Jaan_Tonisson_(Lasteleht), lk 541
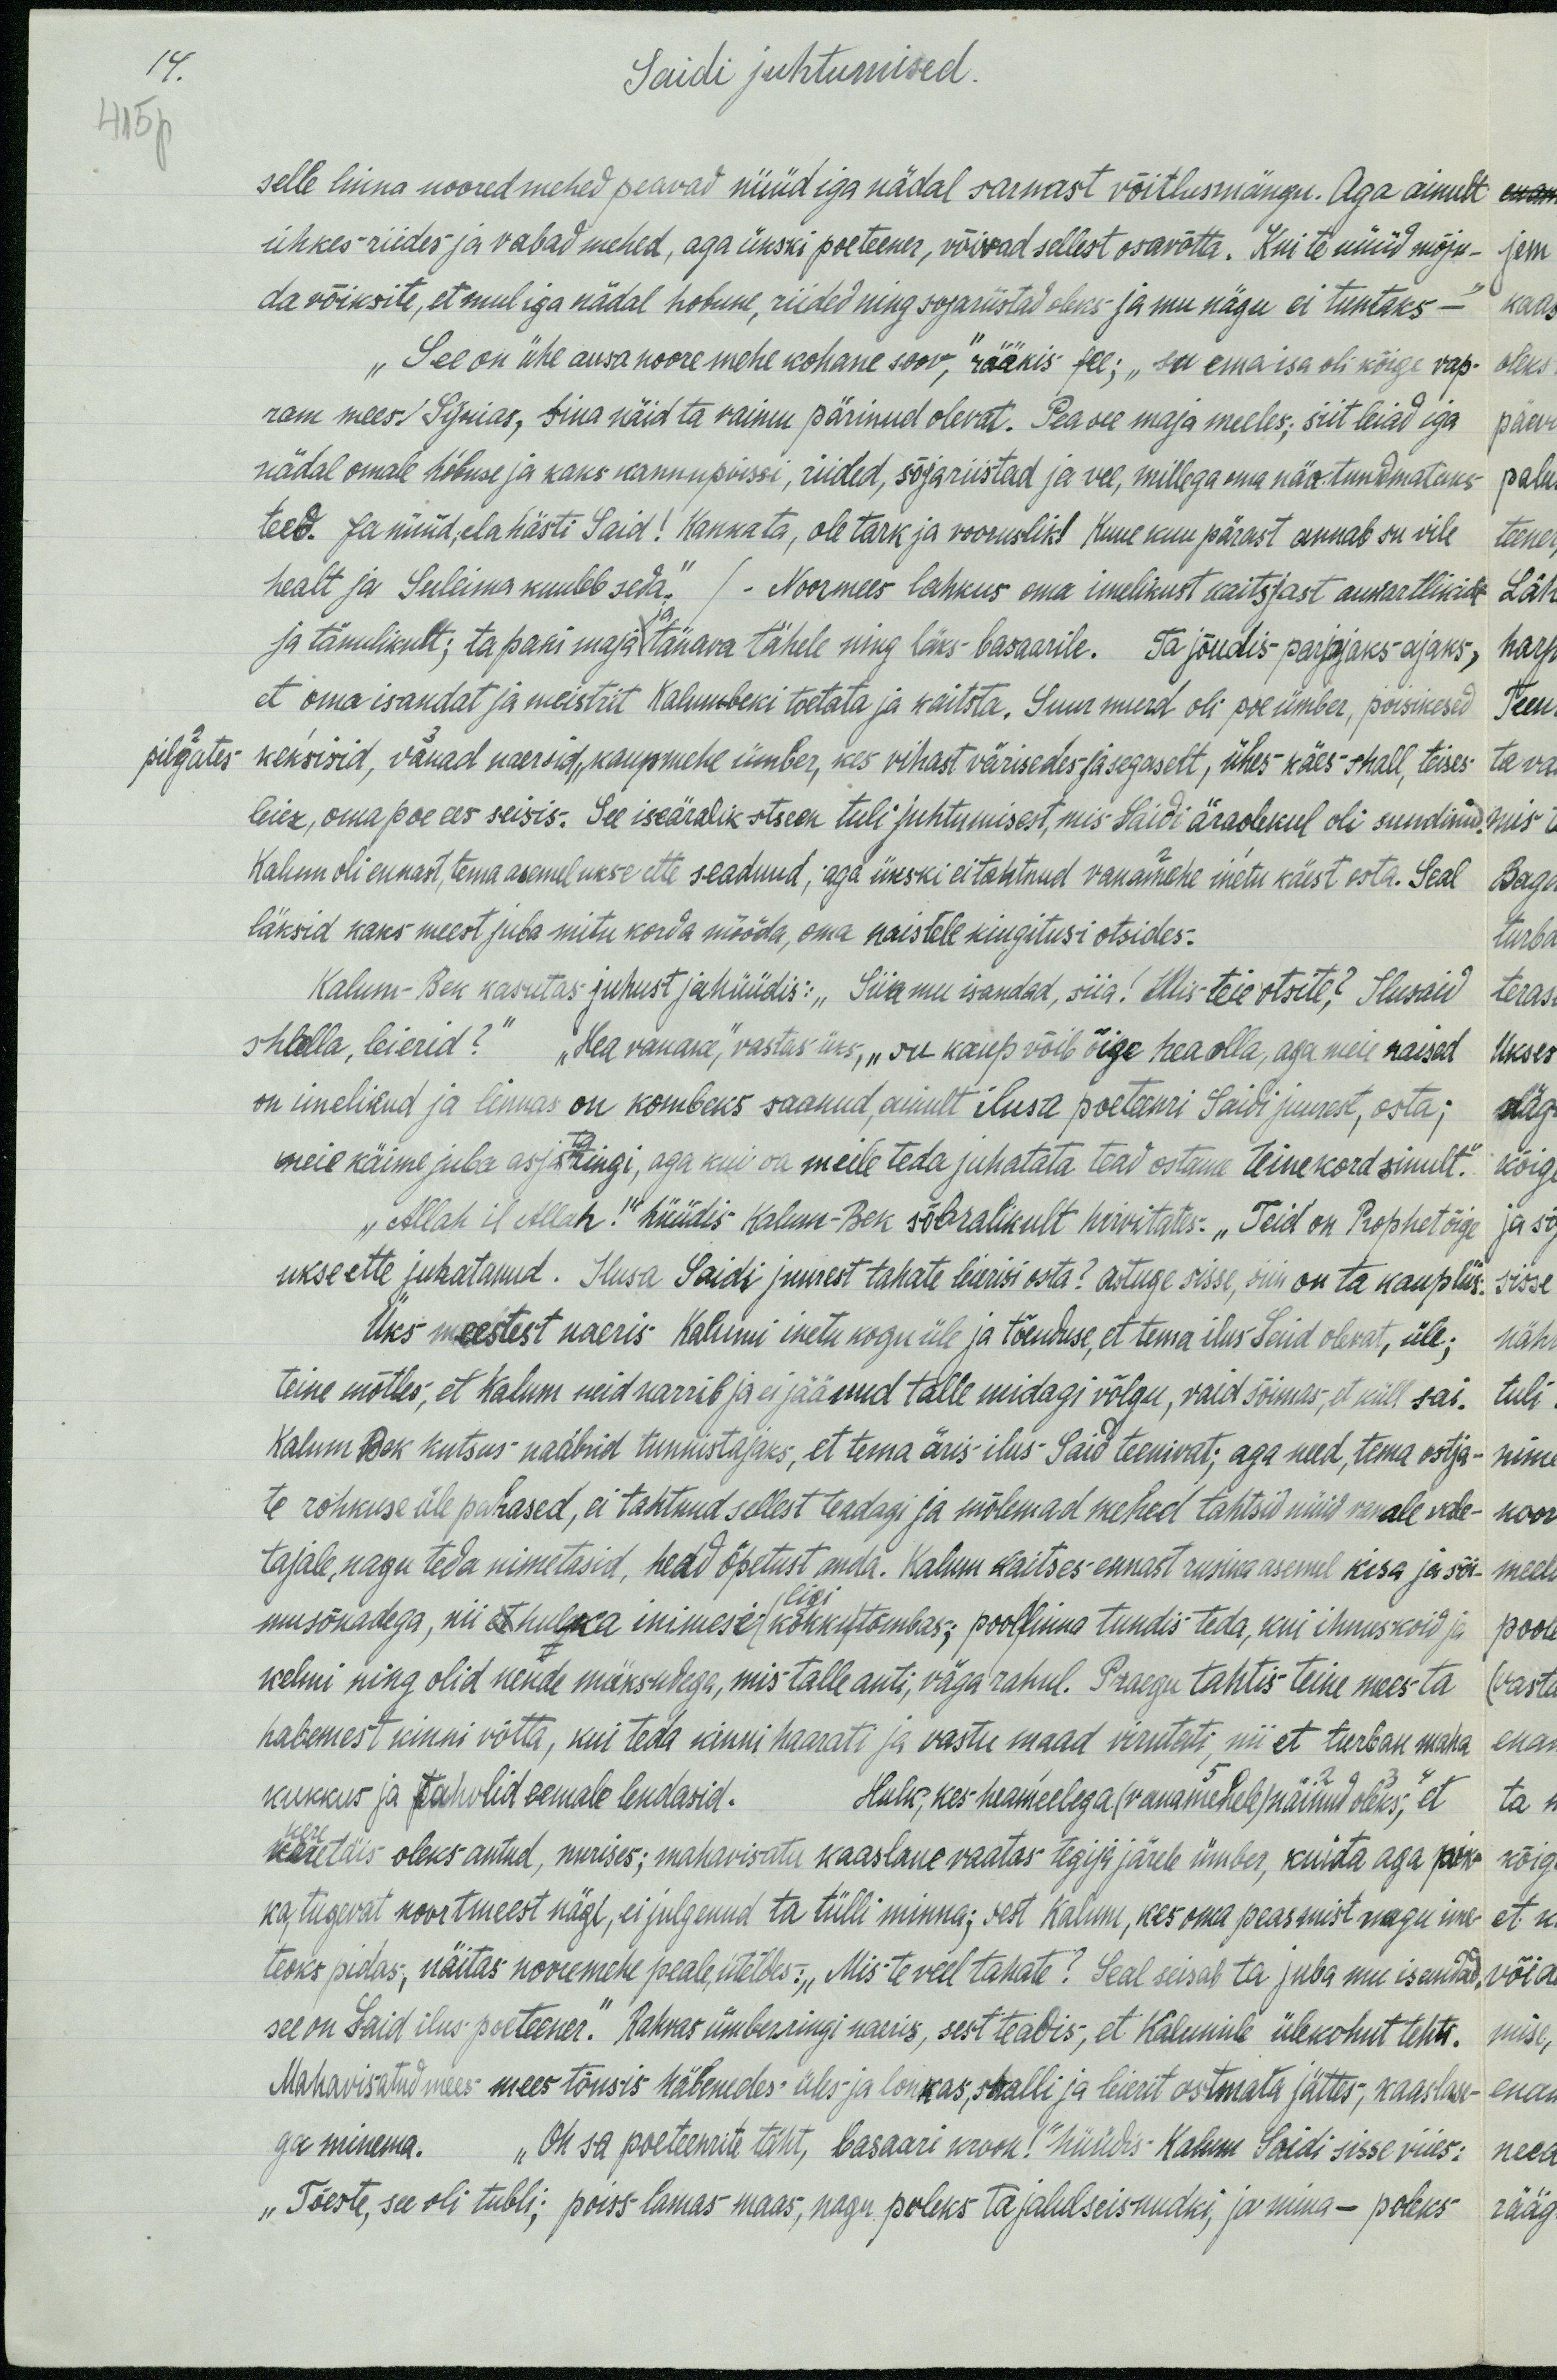
14.
Saidi juhtumised.
415p
selle linna noored mehed peavad nüüd iga nädal sarnast võitlumängu. Aga ainult
uhkes riides ja vabad mehed, aga ükski poeteener, võivad sellest osavõtta. Kui te nüüd mõju-
da võiksite, et mul iga nädal hobune, riided ning sõjariistad oleks ja mu nägu ei tuntaks-"
"See on ühe ausa nooremehe kohane soov," rääkis fee; "su ema isa oli kõige vap-
ram mees! Syrias, Sina näid ta vaimu pärinud olevat. Pea see maja meeles, siit leiad iga
nädal omale hobuse ja kaks kannupoissi, riided, sõjariistad ja vee, millega oma näo tundmataks
teed. Ja nüüd, elahästi Said! Kannata, ole tark ja vooruslik! Kuue kuu pärast annab su vile
healt ja Suleima kuuleb seda. / - Noormees lahkus oma imelikust kaitsjast aukartlikult
ja tänulikult; ta pani maja ja tänava tähele ning läks basaarile. Ta jõudis parajaks ajaks,
et oma isandat ja meistrit Kalumbeki toetata ja kaitsta. Suur murd oli poe ümber, poisikesed
pilgates keksisid, vanad naersid, kaupmehe ümber, kas vihast värisedes ja segaselt, ühes käes shall, teises
leier, oma poe ees seisis. See iseäralik stseen tuli juhtumisest, mis Saidi äraolekul oli sundinud
Kalum oli ennast, tema asemel ukse ette seadunud, aga ükski ei tahtnud vanamehe inetu käest osta. Seal
läksid kaks meest juba mitu korda mööda, oma naistele kingitusi otsides:
Kalum-Ben kasutas juhust ja hüüdis: "Siin mu isandad, siia! Üles teie otsite? Ilusaid
shlalla, leierid?" "Hea vanake," vastas üks, "See kaup võib õige hea olla, aga meie naised
on imelikud ja linnas on kombeks saanud, ainult ilusa poeteenri Saidi juurest, osta;
meie käime juba asjata ringi, aga kui sa meile teda juhatata tead ostane teine kord sinult."
„Allah il Allah!" hüüdis Kalum-Bek sõbralikult hirvitades: „Teid on Prophet õige
ukse ette juhatanud. Ilusa Saidi juurest tahate leierisi osta? astuge sisse, siin on ta kauplus."
Üks meestest naeris Kalumi inetu kogu üle ja tõenduse, et tema ilus Said olewat, üle
teine mõtles, et Kalum neid narrib ja ei jäänud talle midagi võlgu, vaid sõimas, et küll sai.
Kalum Bek kutsus naabrid tunnistajaks, et tema äris ilus Said teenivat; aga need, tema ostja-
te rohkuse üle pahased, ei tahtnud sellest teadagi ja mõlemad mehed tahtsid nüüd vanale vale
tajale, nagu teda nimetasid, head õpetust, anda. Kalum kaitses-ennast rusika asemel kisa ja sõi-
musõnadega, nii et hulka inimesi kokku tõmbas; pool linna tundis teda, kui ihnuskoid ja
ligi
kelmi ning olid nende müksudega, mis talle anti, väga rahul. Praegu tahtis teine mees ta
habemest kinni võtta, kui teda kinni haarati ja vastu maad virutati, nii et turban maha
kukkus ja tuhvlid eemale lendasid. Hulk, kes heameelega (vanamehele) näinud oleks, et
keretäis oleks antud, nurises; mahavisatu kaaslane vaatas tegija järele ümber, kui ta aga pik
ka tugevat noortmeest nägi, ei julgenud ta tülli minna; sest Kalum, kes oma peasemist nagu ime-
teoks pidas, näitas noooremehe peale, üteldes: "Mis te veel tahate? Seal seisab ta juba mu isandad
see on Said ilus poeteener. Rahvas ümberringi naeris, sest teadis, et Kalumile ülekohut tehti.
Mahavisatud mees mees tõusis häbenedes üles ja lonkas, shalli ja leierit ostmata jättes, kaaslase-
ga minema. "Oh sa poeteenrite täht," basaari kroon!" hüüdis - Kalum Saidi sisse viies:
"Tõeste, see oli tubli; poiss lamas maas, nagu poleks ta jalulseisnudki, ja mina - poleks